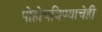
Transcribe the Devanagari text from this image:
पोहोचविण्याचेही